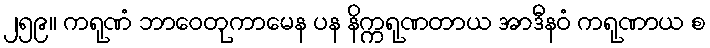
၂၅၉။ ကရုဏံ ဘာဝေတုကာမေန ပန နိက္ကရုဏတာယ အာဒီနဝံ ကရုဏာယ စ